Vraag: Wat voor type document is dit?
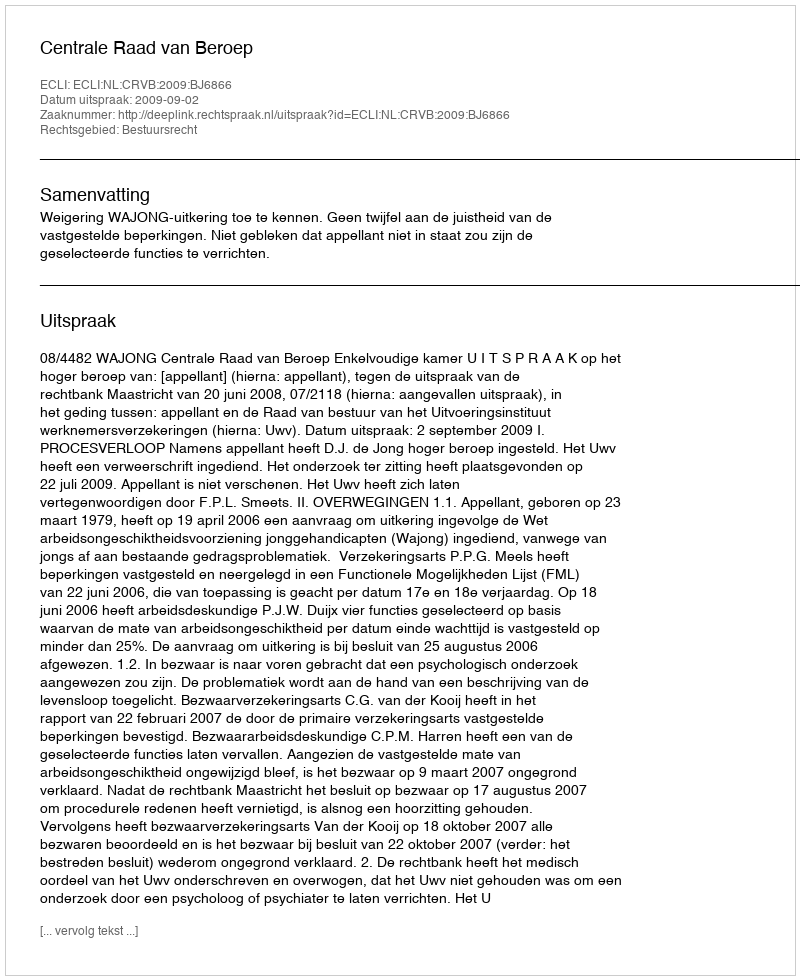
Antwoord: Uitspraak